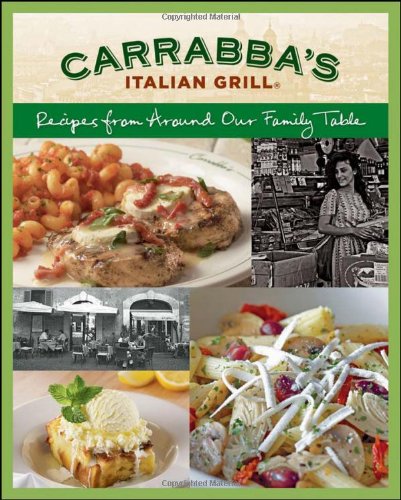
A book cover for Carrabba's Italian Grill: Recipes from Around Our Family Table; Rick Rodgers; Cookbooks, Food & Wine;